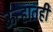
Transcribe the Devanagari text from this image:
ऊन्हातही